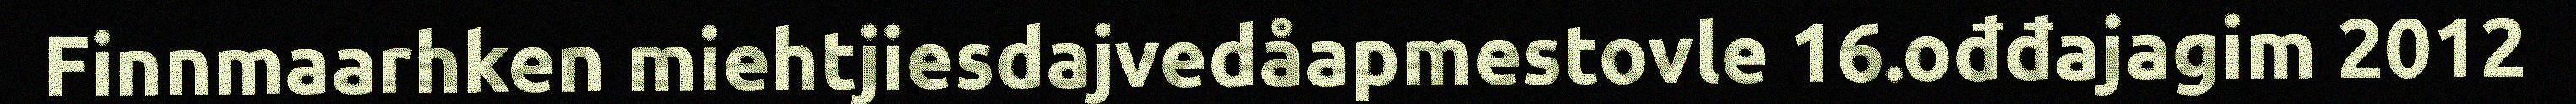
Finnmaarhken miehtjiesdajvedåapmestovle 16.ođđajagim 2012